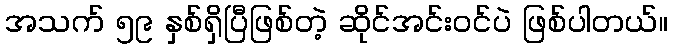
အသက် ၅၉ နှစ်ရှိပြီဖြစ်တဲ့ ဆိုင်အင်းဝင်ပဲ ဖြစ်ပါတယ်။